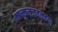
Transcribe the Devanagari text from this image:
कान्कुनजवळच्या